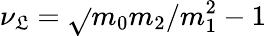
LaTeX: \nu_{\mathfrak{L}}=\sqrt{}{{m_{0}m_{2}/m_{1}^{2}-1}}